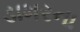
ડામરના